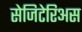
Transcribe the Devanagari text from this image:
सेजिटेरिअस